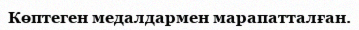
Көптеген медалдармен марапатталған.